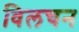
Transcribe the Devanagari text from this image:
विलचन